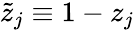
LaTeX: \tilde{z}_{j}\equiv 1-z_{j}